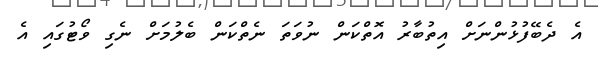
އެ ދެބޭފުޅުންނަށް އިތުބާރު އޮތްކަން ނުވަތަ ނެތްކަން ބެލުމަށް ނެގި ވޯޓުގައި އެ